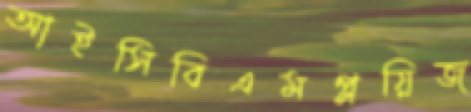
আইসিবিএমপ্লয়িজ